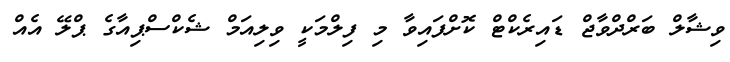
ވިޝާލް ބަރްދްވާޖް ޑައިރެކްޓް ކޮށްފައިވާ މި ފިލްމަކީ ވިިލިއަމް ޝެކްސްޕިއާގެ ޕްލޭ އެއް